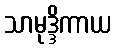
သာမုဒ္ဒိကာယ